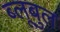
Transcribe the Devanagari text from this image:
ब्लूबुल